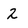
Character: 2